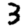
Digit: 3